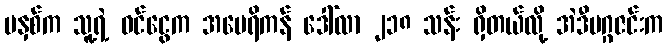
မနှစ်က သူ့ရဲ့ ဝင်ငွေက အမေရိကန် ဒေါ်လာ ၂၁၈ သန်း ရှိတယ်လို့ အဲဒီမဂ္ဂဇင်းက